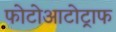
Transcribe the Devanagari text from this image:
फोटोआटोट्राफ